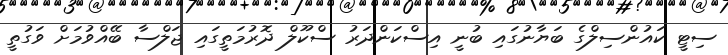
ސިޓީ ކައުންސިލްގެ ބަޔާނުގައި ބުނީ އިސްކަންދަރު ސްކޫލް ދޮރުމަތީގައި ޖަލްސާ ބޭއްވުމަށް ވަގުތީ